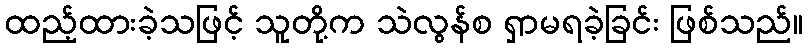
ထည့်ထားခဲ့သဖြင့် သူတို့က သဲလွန်စ ရှာမရခဲ့ခြင်း ဖြစ်သည်။